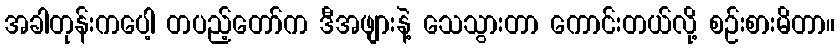
အခါတုန်းကပေါ့ တပည့်တော်က ဒီအဖျားနဲ့ သေသွားတာ ကောင်းတယ်လို့ စဉ်းစားမိတာ။